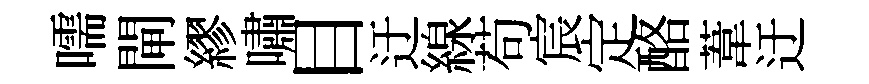
嚅閘繆嘯目迂線苟宸定酪葦迂